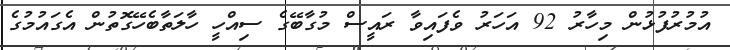
އުމުރުފުޅުން މިހާރު 92 އަހަރު ވެފައިވާ ރައީސް މުގާބޭގެ ސިއްހީ ހާލަތާބެހޭގޮތުން އެގައުމުގެ